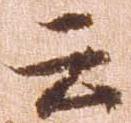
云